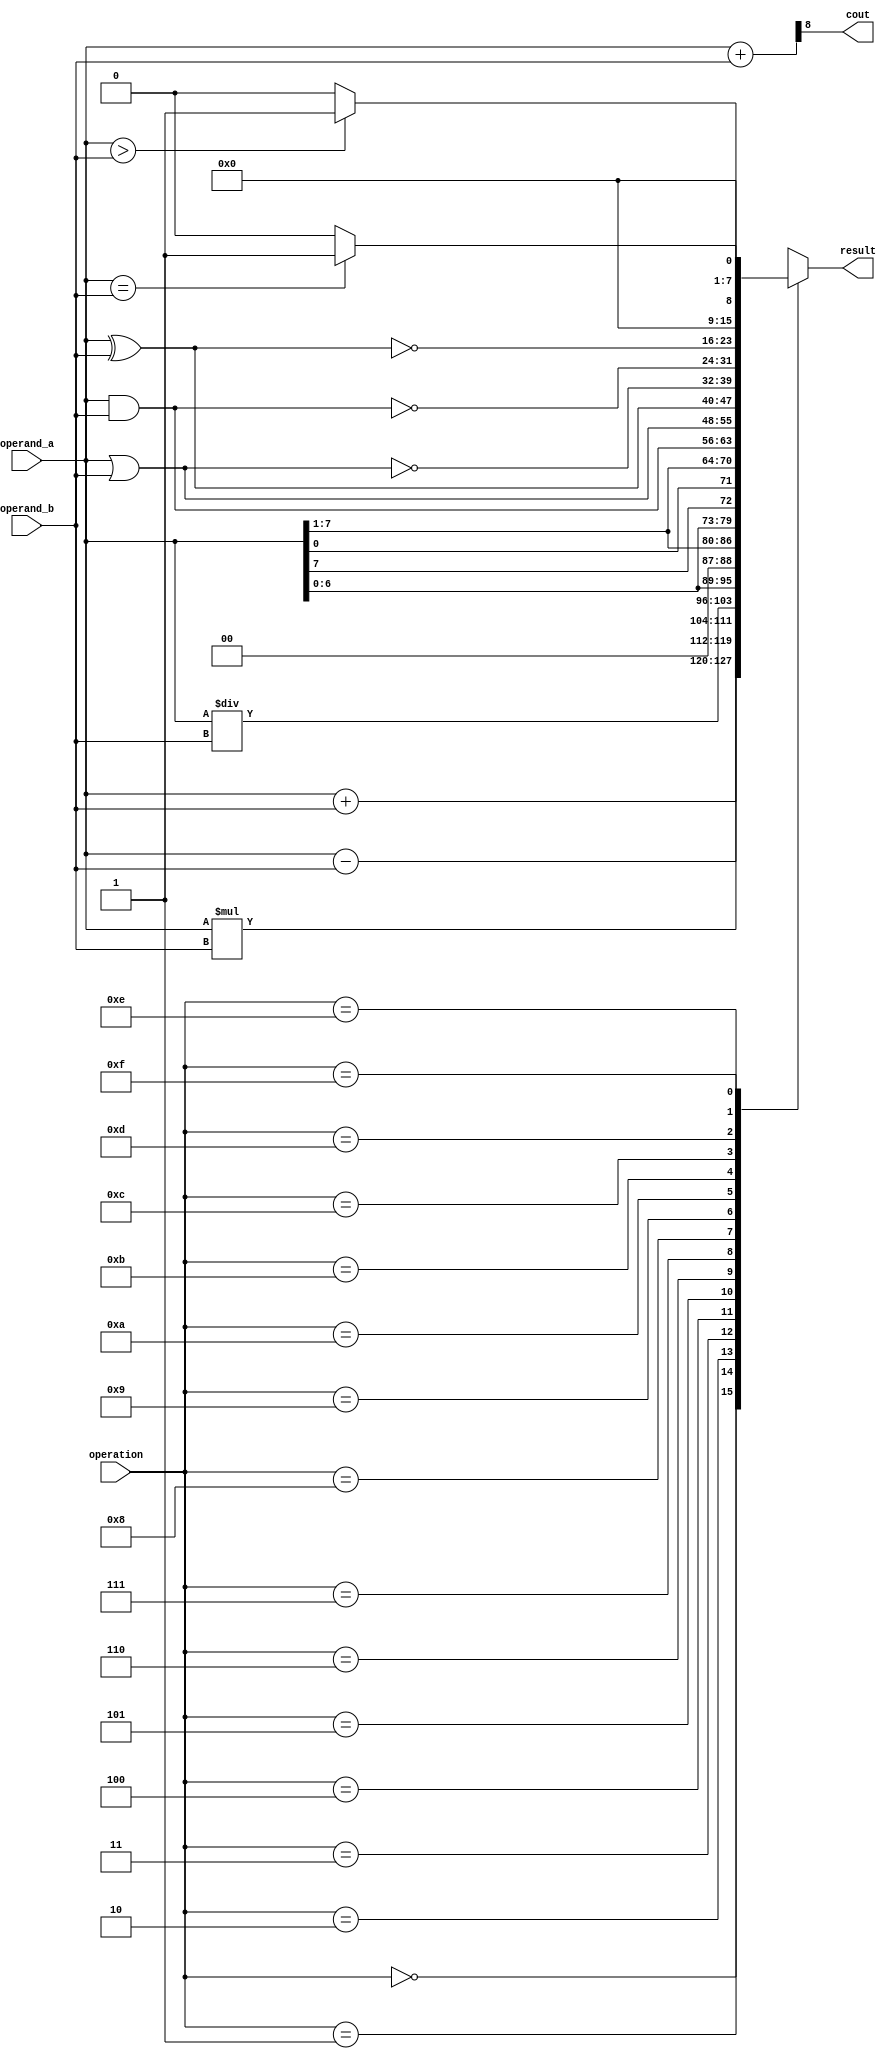
`timescale 1ns / 1ps
module alu(result,cout,operand_a,operand_b,operation);
output [7:0] result;
output cout;
input [7:0] operand_a;
input [7:0] operand_b;
input [3:0] operation;

reg [7:0] alu_result;
wire [8:0] extended_result;
assign result = alu_result;    
assign extended_result = {1'b0, operand_a} + {1'b0, operand_b};
assign cout = extended_result[8];

always @(*)
begin
case (operation)
// Arithmetic operations
4'b0000: alu_result = operand_a + operand_b;                 // Addition
4'b0001: alu_result = operand_a - operand_b;                 // Subtraction
4'b0010: alu_result = operand_a * operand_b;                 // Multiplication
4'b0011: alu_result = operand_a / operand_b;                 // Division
// Bitwise operations
4'b0100: alu_result = operand_a << 1;                        // Logical shift left
4'b0101: alu_result = operand_a >> 1;                        // Logical shift right
4'b0110: alu_result = {operand_a[6:0], operand_a[7]};        // Rotate left
4'b0111: alu_result = {operand_a[0], operand_a[7:1]};        // Rotate right
// Logical operations
4'b1000: alu_result = operand_a & operand_b;                  // Logical AND
4'b1001: alu_result = operand_a | operand_b;                  // Logical OR
4'b1010: alu_result = operand_a ^ operand_b;                  // Logical XOR
4'b1011: alu_result = ~(operand_a | operand_b);               // Logical NOR
4'b1100: alu_result = ~(operand_a & operand_b);               // Logical NAND
4'b1101: alu_result = ~(operand_a ^ operand_b);               // Logical XNOR
// Comparison operations
4'b1110: alu_result = (operand_a > operand_b) ? 8'd1 : 8'd0;    // Greater comparison
4'b1111: alu_result = (operand_a == operand_b) ? 8'd1 : 8'd0;   // Equal comparison
default: alu_result = operand_a + operand_b;                    // Addition (default case)
endcase
end
endmodule